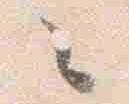
々